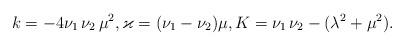
LaTeX: \begin{align*} k = - 4\nu_1\,\nu_2\,\mu^2, \varkappa = (\nu_1-\nu_2)\mu, K = \nu_1\,\nu_2 - (\lambda^2 + \mu^2).\end{align*}